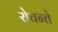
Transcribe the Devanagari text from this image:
रोचन्ते